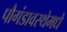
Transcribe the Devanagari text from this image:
पौगंडावस्थेमधे